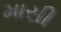
માસી